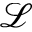
\mathscr { L }